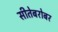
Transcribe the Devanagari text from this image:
सीतेबरोबर